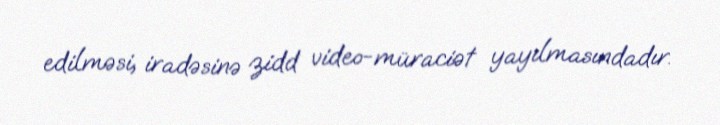
edilməsi, iradəsinə zidd video-müraciət yayılmasındadır.